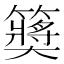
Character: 𱸮